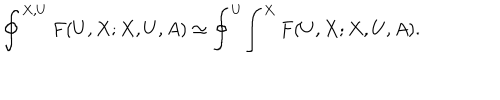
\oint ^ { X , U } F ( U , X ; X , U , A ) \simeq \oint ^ { U } \! \int ^ { X } F ( U , X ; X , U , A ) .